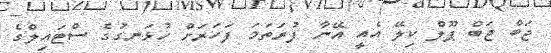
ޖަބް ޖަބް ޕޫލް ކިލޭ އެއީ އޭނާ ފުރަތަމަ ފަހަރަށް ހުޅަނގުގެ ސްޓައިލްގެ